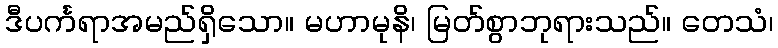
ဒီပင်္ကရာအမည်ရှိသော။ မဟာမုနိ၊ မြတ်စွာဘုရားသည်။ တေသံ၊